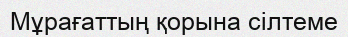
Мұрағаттың қорына сілтеме